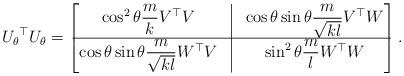
LaTeX: \begin{align*} {U_\theta}^\top U_\theta = \begin{bmatrix}\cos^2 \theta \dfrac{m}{k} V^\top V & \vline & \cos \theta \sin \theta \dfrac{m}{\sqrt{k l}} V^\top W\\\hline \cos \theta \sin \theta \dfrac{m}{\sqrt{k l}} W^\top V & \vline & \sin ^2 \theta \dfrac{m}{l} W^\top W\end{bmatrix}.\end{align*}